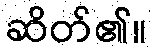
ဆိတ်၏။